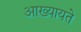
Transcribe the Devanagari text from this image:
आख्यायते